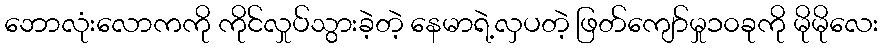
ဘောလုံးလောကကို ကိုင်လှုပ်သွားခဲ့တဲ့ နေမာရဲ့လှပတဲ့ ဖြတ်ကျော်မှု၁၀ခုကို မိုမိုလေး